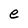
Character: e